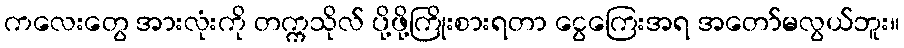
ကလေးတွေ အားလုံးကို တက္ကသိုလ် ပို့ဖို့ကြိုးစားရတာ ငွေကြေးအရ အတော်မလွယ်ဘူး။